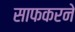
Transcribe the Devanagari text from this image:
साफकरने